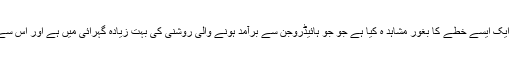
انہوں نے کہا کہ یہ پہلاموقع ہے جب ہم نے آسمان کے ایک ایسے خطے کا بغور مشاہد ہ کیا ہے جو جو ہائیڈروجن سے برآمد ہونے والی روشنی کی بہت زیادہ گہرائی میں ہے اور اس سے نکلنے والی روشنی کا طول موج بھی مخصوص ہے ۔